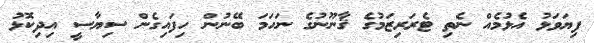
ފިޔަވަޅު އެޅުމެއް ނެތި ޓެރަރިޒަމުގެ ޤާނޫނުގެ ނަހަމަ ބޭނުން ހިފައިގެން ސިޔާސީ އިދިކޮޅު